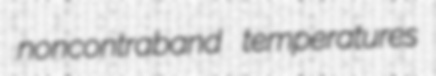
noncontraband temperatures